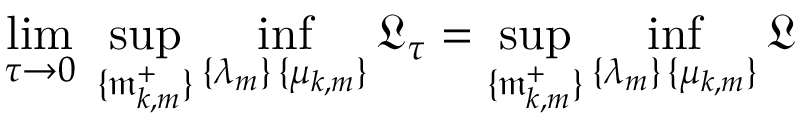
\operatorname* { l i m } _ { \tau \to 0 } \; \operatorname* { s u p } _ { \{ \mathfrak { m } _ { k , m } ^ { + } \} } \operatorname* { i n f } _ { \substack { \{ \lambda _ { m } \} \, \{ \mu _ { k , m } \} } } \mathfrak { L } _ { \tau } = \operatorname* { s u p } _ { \{ \mathfrak { m } _ { k , m } ^ { + } \} } \operatorname* { i n f } _ { \substack { \{ \lambda _ { m } \} \, \{ \mu _ { k , m } \} } } \mathfrak { L }